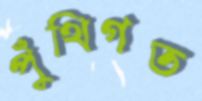
পুঁথিগত